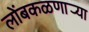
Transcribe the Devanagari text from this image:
लोंबकळणार्‍या